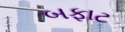
બફાટ